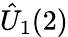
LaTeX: \hat{U}_{1}(2)